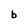
Character: b